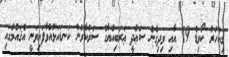
މިއަހަރު ކޯވިޑް 19 އާއި ވިދިގެން ސަޢުދީ ޢަރަބިއްޔާގެ ސަރުކާރުން ކަނޑައަޅުއްވާފައިވަނީ އެޤައުމުގައި